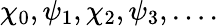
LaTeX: \chi_{0},\psi_{1},\chi_{2},\psi_{3},\dots.